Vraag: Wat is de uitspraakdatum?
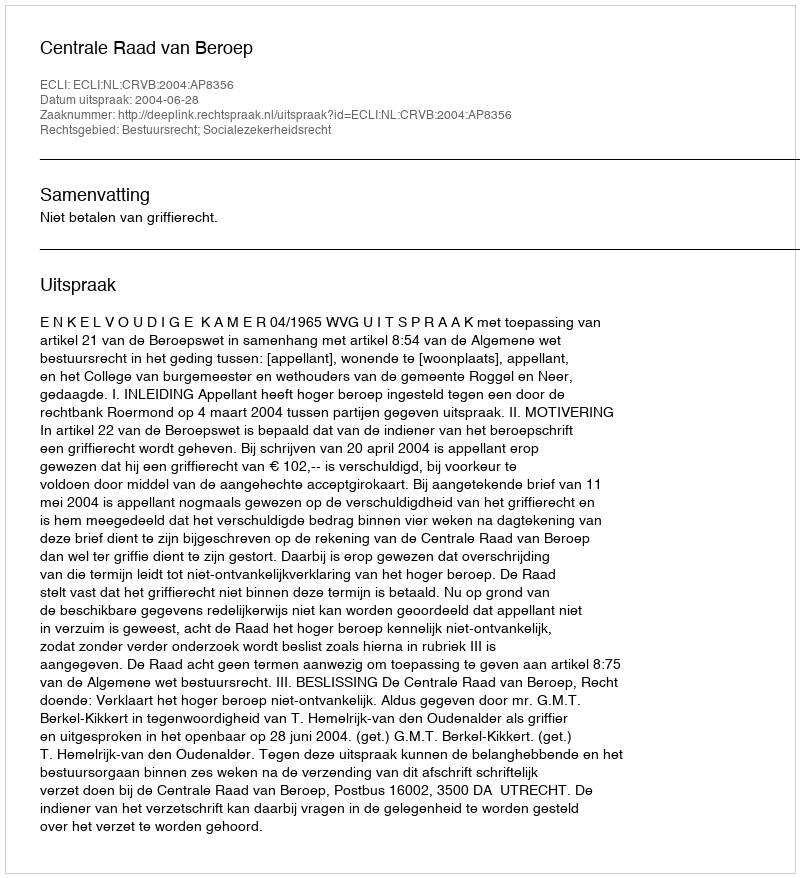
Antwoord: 2004-06-28